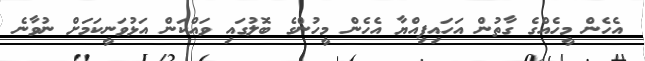
އެހެން މީހެއްގެ ގާތުން އަހައިފިއްޔާ އެހެން މީހުންގެ ބޮލުގައި ވައްކަން އަޅުވަނީކަމަށް ނުވާނެ